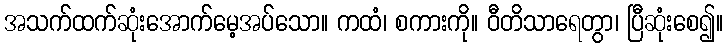
အသက်ထက်ဆုံးအောက်မေ့အပ်သော။ ကထံ၊ စကားကို။ ဝီတိသာရေတွာ၊ ပြီဆုံးစေ၍။